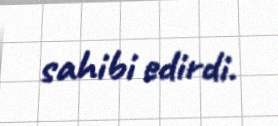
sahibi edirdi.